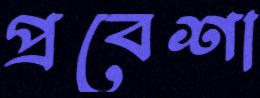
প্রবেশা